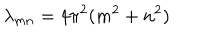
\lambda _ { m n } = 4 \pi ^ { 2 } ( m ^ { 2 } + n ^ { 2 } )